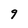
Character: 9